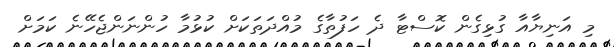
މި އަނިޔާއާ ގުޅިގެން ކޮސްޓާ ދެ ހަފުތާގެ މުއްދަތަކަށް ކުޅުމާ ހުންނަންޖެހޭނެ ކަމަށް